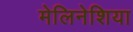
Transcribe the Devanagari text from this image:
मेलिनेशिया